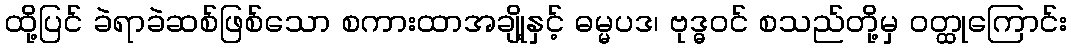
ထို့ပြင် ခဲရာခဲဆစ်ဖြစ်သော စကားထာအချို့နှင့် ဓမ္မပဒ၊ ဗုဒ္ဓဝင် စသည်တို့မှ ဝတ္ထုကြောင်း